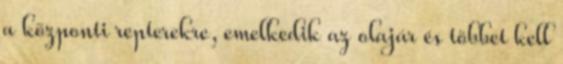
a központi repterekre, emelkedik az olajár és többet kell